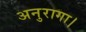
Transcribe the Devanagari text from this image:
अनुरागा।